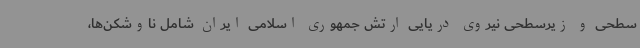
سطحی و زیرسطحی نیروی دریایی ارتش جمهوری اسلامی ایران شامل ناوشکن‌ها،